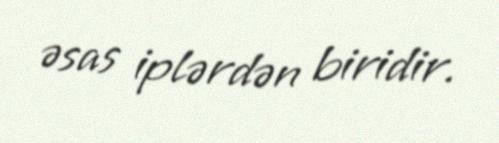
əsas iplərdən biridir.